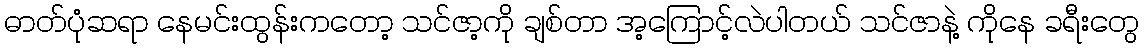
ဓာတ်ပုံဆရာ နေမင်းထွန်းကတော့ သင်ဇာ့ကို ချစ်တာ အ့ကြောင့်လဲပါတယ် သင်ဇာနဲ့ ကိုနေ ခရီးတွေ